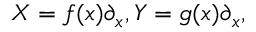
X = f ( x ) \partial _ { x } , Y = g ( x ) \partial _ { x } ,